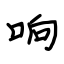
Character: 响